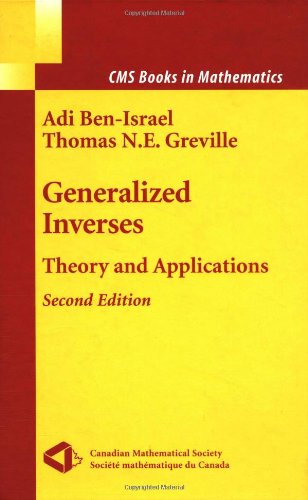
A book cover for Generalized Inverses: Theory and Applications (CMS Books in Mathematics); Adi Ben-Israel; Science & Math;